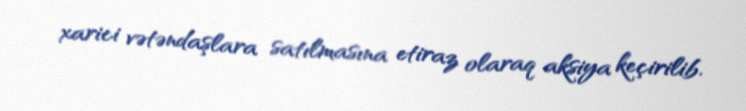
xarici vətəndaşlara satılmasına etiraz olaraq aksiya keçirilib.